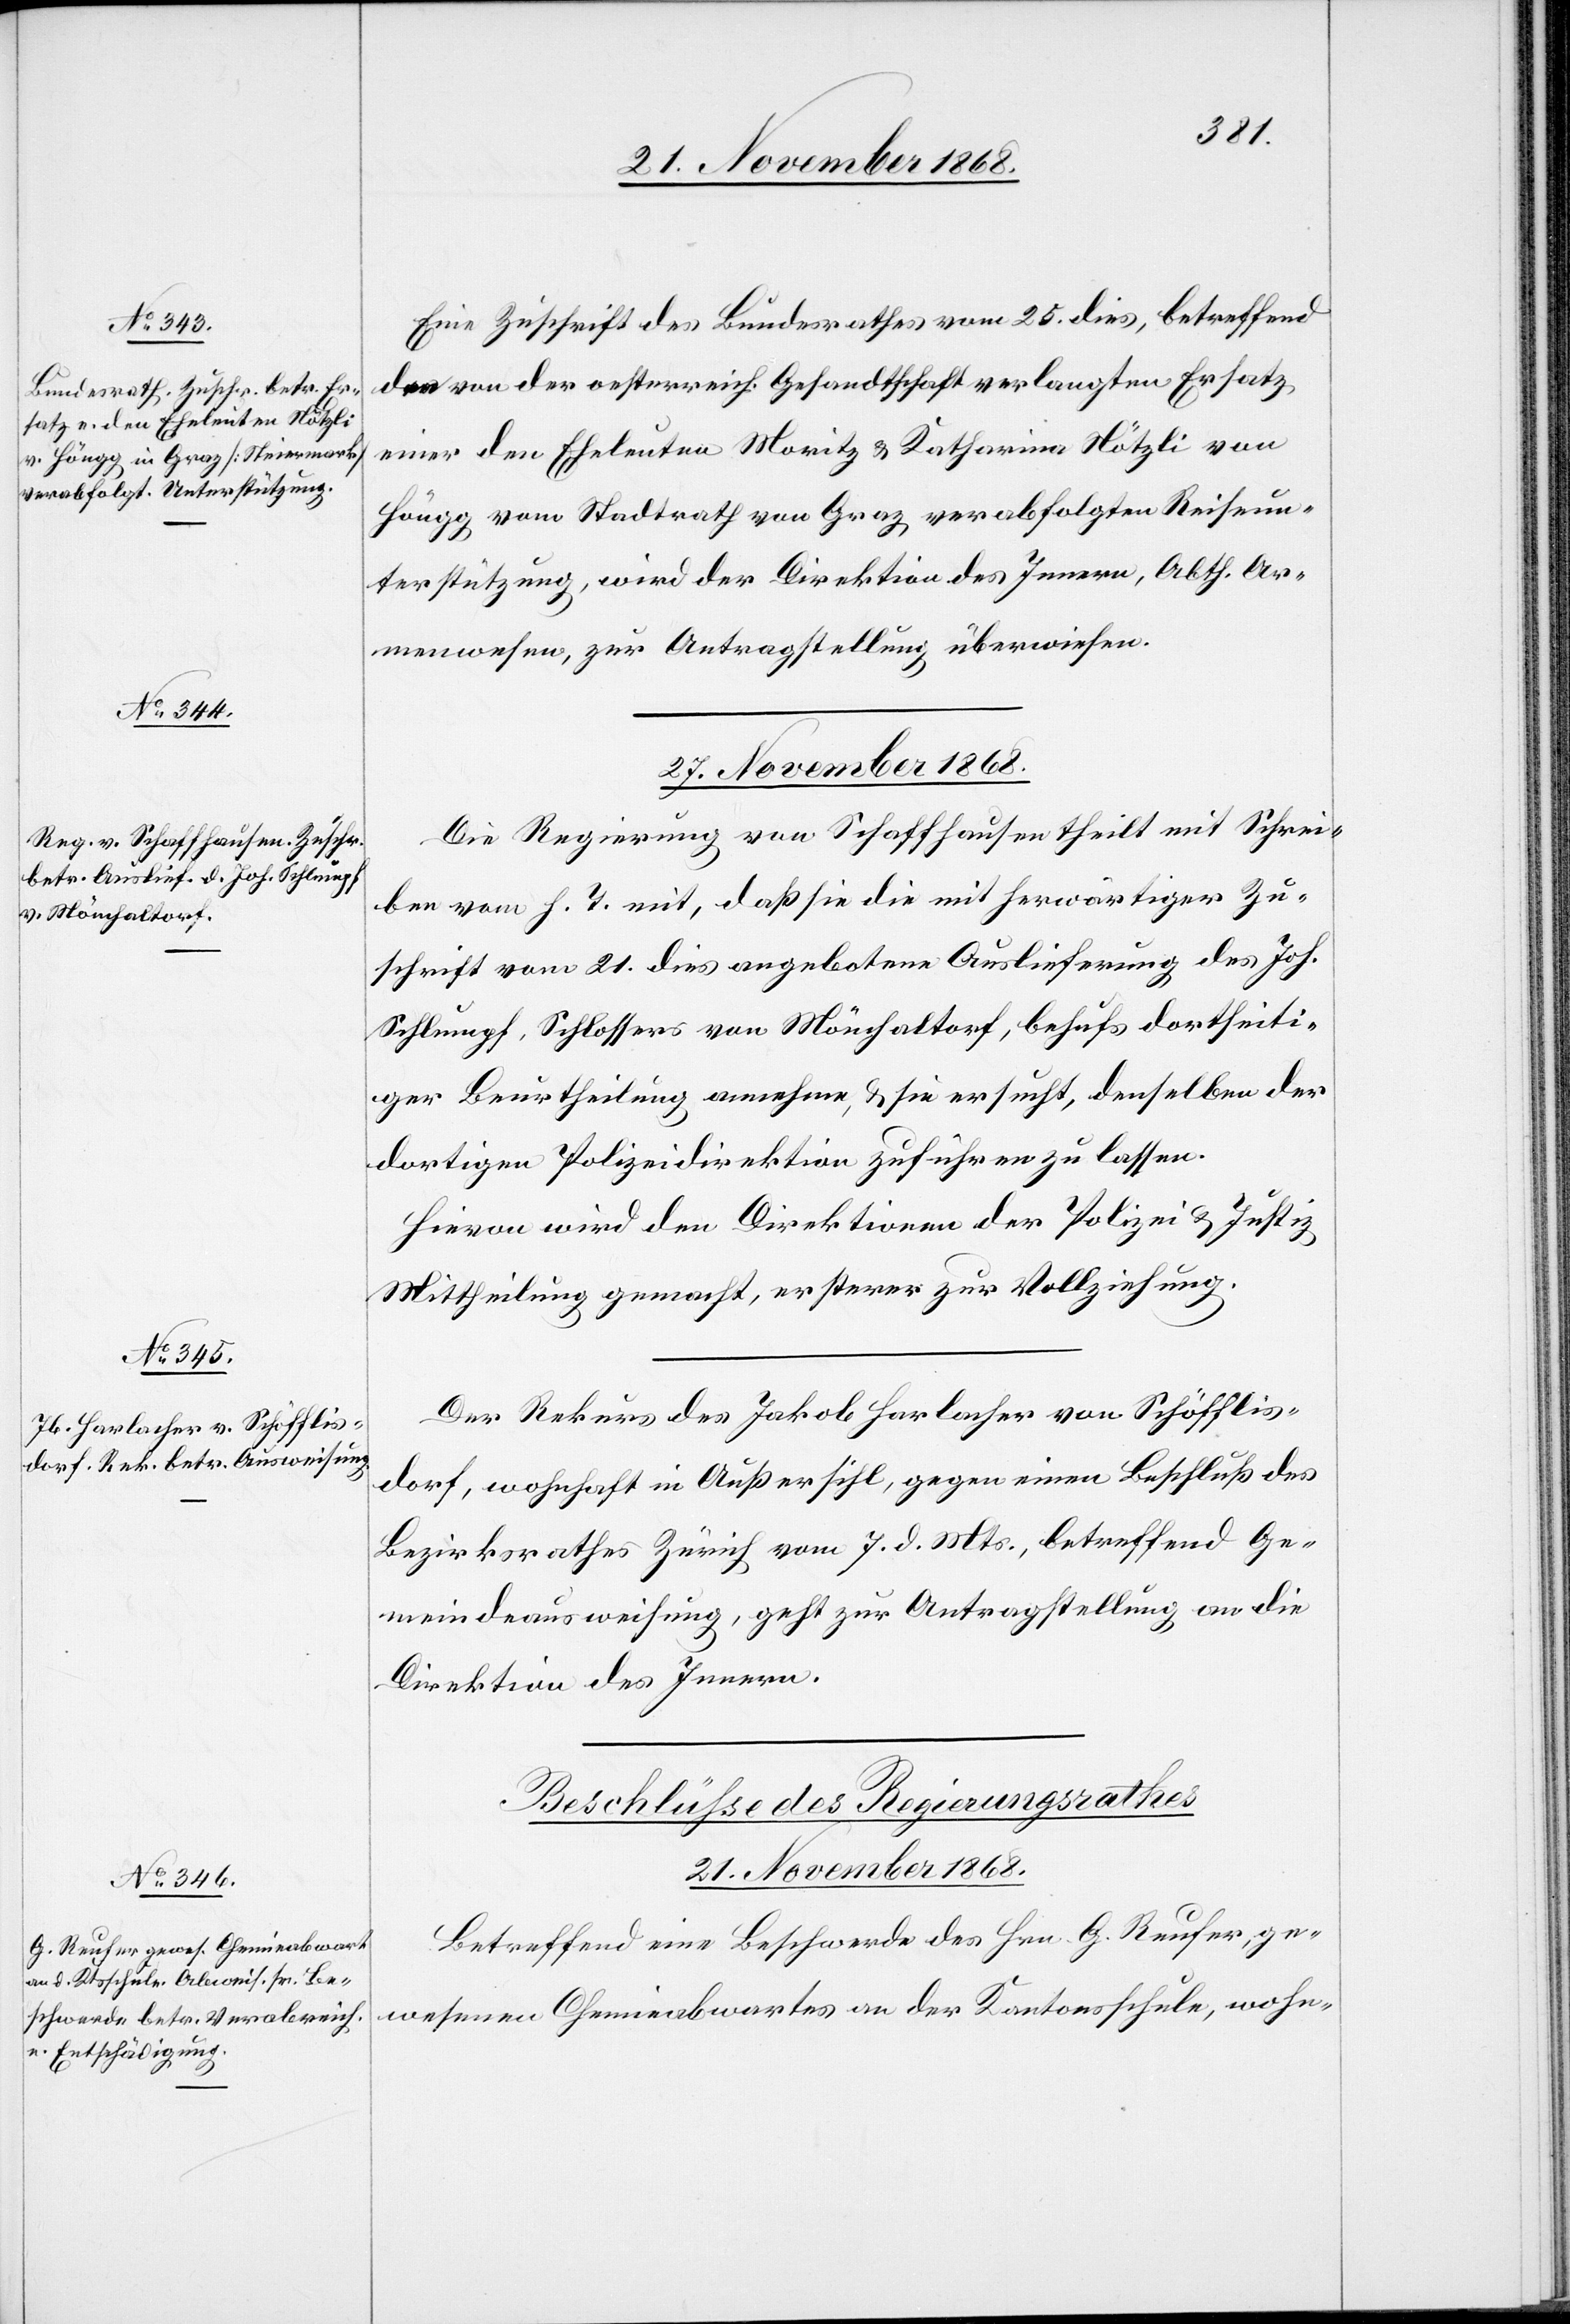
27. November 1868.]
Eine Zuschrift des Bundesrathes vom 25. dies, betreffend
den von der oesterreich. Gesandtschaft verlangten Ersatz
einer den Eheleuten Moritz & Katharina Nötzli von
Höngg vom Stadtrath von Graz verabfolgten Reiseun¬
terstützung, wird der Direktion des Innern, Abth. Ar¬
menwesen, zur Antragstellung überwiesen.
27. November 1868.]
Die Regierung von Schaffhausen theilt mit Schrei¬
ben vom h. T. mit, daß sie die mit herwärtiger Zu¬
schrift vom 21. dies angebotene Auslieferung des Joh.
Schlumpf, Schlossers von Mönchaltorf, behufs dortseiti¬
ger Beurtheilung annehme, & sie ersucht, denselben der
dortigen Polizeidirektion zuführen zu lassen.
Hievon wird den Direktionen der Polizei & Justiz
Mittheilung gemacht, ersterer zur Vollziehung.
Der Rekurs des Jakob Harlacher von Schöfflis¬
dorf, wohnhaft in Außersihl, gegen einen Beschluß des
Bezirksrathes Zürich vom 7. d. Mts., betreffend Ge¬
meindeausweisung, geht zur Antragstellung an die
Direktion des Innern.
Beschlüsse des Regierungsrathes
21. November 1868.
Betreffend eine Beschwerde des Hrn. G. Reufer, ge¬
wesenen Chemieabwartes an der Kantonsschule, wohn-